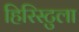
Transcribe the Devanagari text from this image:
हिरिस्टुला